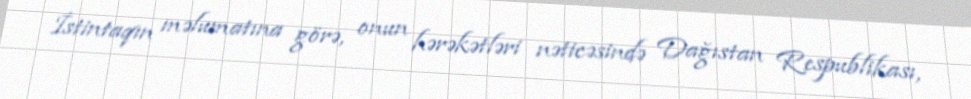
İstintaqın məlumatına görə, onun hərəkətləri nəticəsində Dağıstan Respublikası,